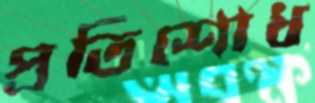
প্রতিশোধ